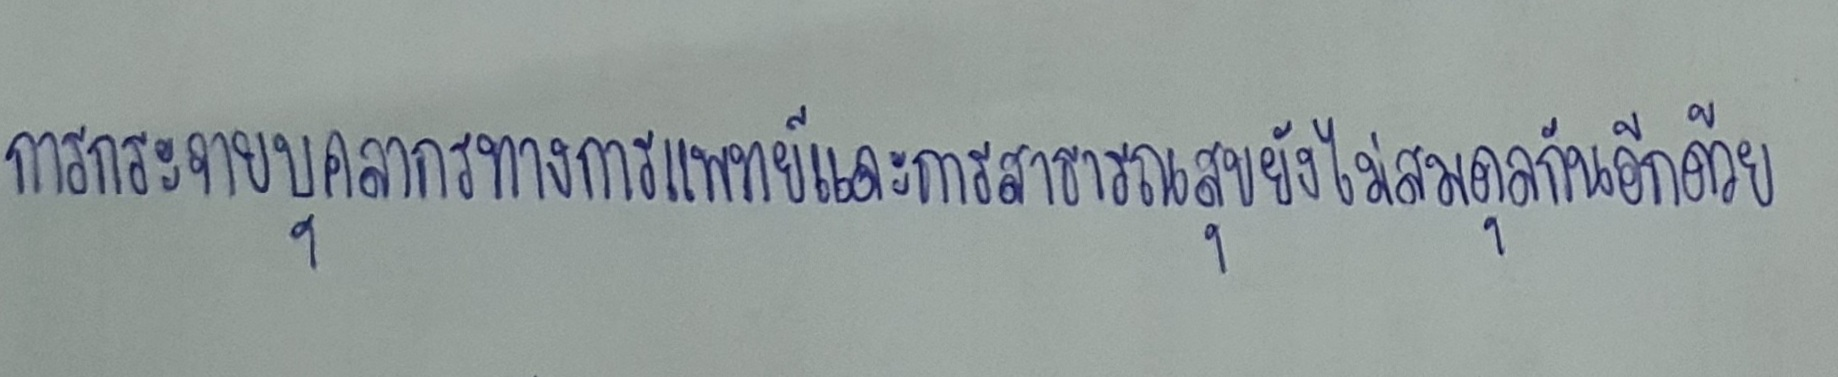
การกระจายบุคลากรทางการแพทย์และการสาธารณสุขยังไม่สมดุลกันอีกด้วย